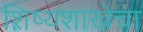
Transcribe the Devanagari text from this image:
शिष्यशाखेचा